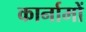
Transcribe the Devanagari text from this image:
कार्नामों